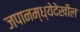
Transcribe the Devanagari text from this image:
जपानम्ध्येदेखील